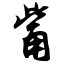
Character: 觜